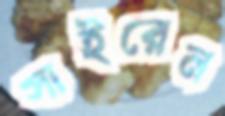
সাইরেন